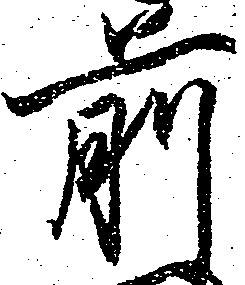
前